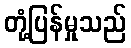
တုံ့ပြန်မှုသည်